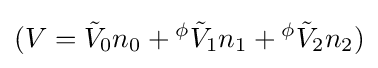
(V={\tilde {V}}_{0}n_{0}+{}^{\phi }{\tilde {V}}_{1}n_{1}+{}^{\phi }{\tilde {V}}_{2}n_{2})